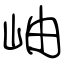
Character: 岫